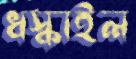
ধস্‌কাইল